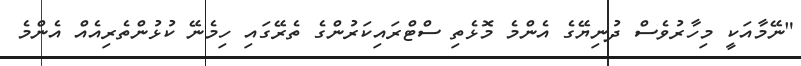
"ނޭމާއަކީ މިހާރުވެސް ދުނިޔޭގެ އެންމެ މޮޅެތި ސްޓްރައިކަރުންގެ ތެރޭގައި ހިމެނޭ ކުޅުންތެރިއެއް އެންމެ